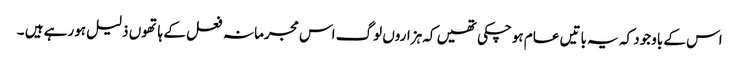
اس کے باوجود کہ یہ باتیں عام ہوچکی تھیں کہ ہزاروں لوگ اس مجرمانہ فعل کے ہاتھوں ذلیل ہورہے ہیں ۔